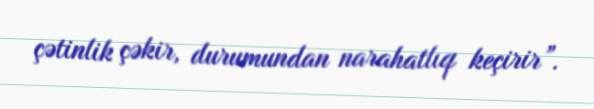
çətinlik çəkir, durumundan narahatlıq keçirir”.